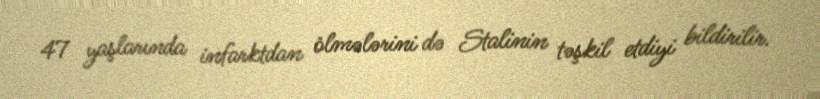
47 yaşlarında infarktdan ölmələrini də Stalinin təşkil etdiyi bildirilir.